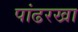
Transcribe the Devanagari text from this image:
पांढरखा